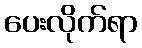
ပေးလိုက်ရာ